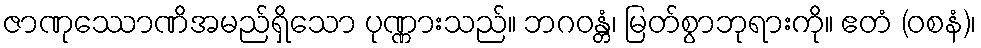
ဇာဏုဿောဏိအမည်ရှိသော ပုဏ္ဏားသည်။ ဘဂဝန္တံ၊ မြတ်စွာဘုရားကို။ ဧတံ (ဝစနံ)၊